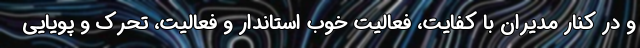
و در کنار مدیران با کفایت، فعالیت خوب استاندار و فعالیت، تحرک و پویایی